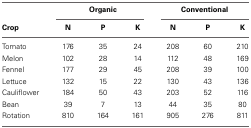
<table><thead><tr><td></td><td colspan="3"><b>Organic</b></td><td colspan="3"><b>Conventional</b></td></tr><tr><td><b>Crop</b></td><td><b>N</b></td><td><b>P</b></td><td><b>K</b></td><td><b>N</b></td><td><b>P</b></td><td><b>K</b></td></tr></thead><tbody><tr><td>Tomato</td><td>176</td><td>35</td><td>24</td><td>208</td><td>60</td><td>210</td></tr><tr><td>Melon</td><td>102</td><td>28</td><td>14</td><td>112</td><td>48</td><td>169</td></tr><tr><td>Fennel</td><td>177</td><td>29</td><td>45</td><td>208</td><td>39</td><td>100</td></tr><tr><td>Lettuce</td><td>132</td><td>15</td><td>22</td><td>130</td><td>43</td><td>136</td></tr><tr><td>Cauliflower</td><td>184</td><td>50</td><td>43</td><td>203</td><td>52</td><td>116</td></tr><tr><td>Bean</td><td>39</td><td>7</td><td>13</td><td>44</td><td>35</td><td>80</td></tr><tr><td>Rotation</td><td>810</td><td>164</td><td>161</td><td>905</td><td>276</td><td>811</td></tr></tbody></table>